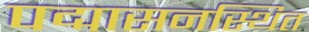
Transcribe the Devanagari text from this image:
पद्मासनस्थित